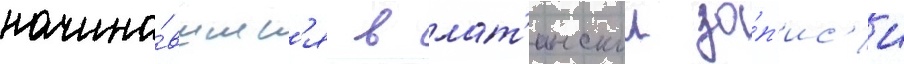
начина́вшиес'я в лат'инскои за́п'ис'и